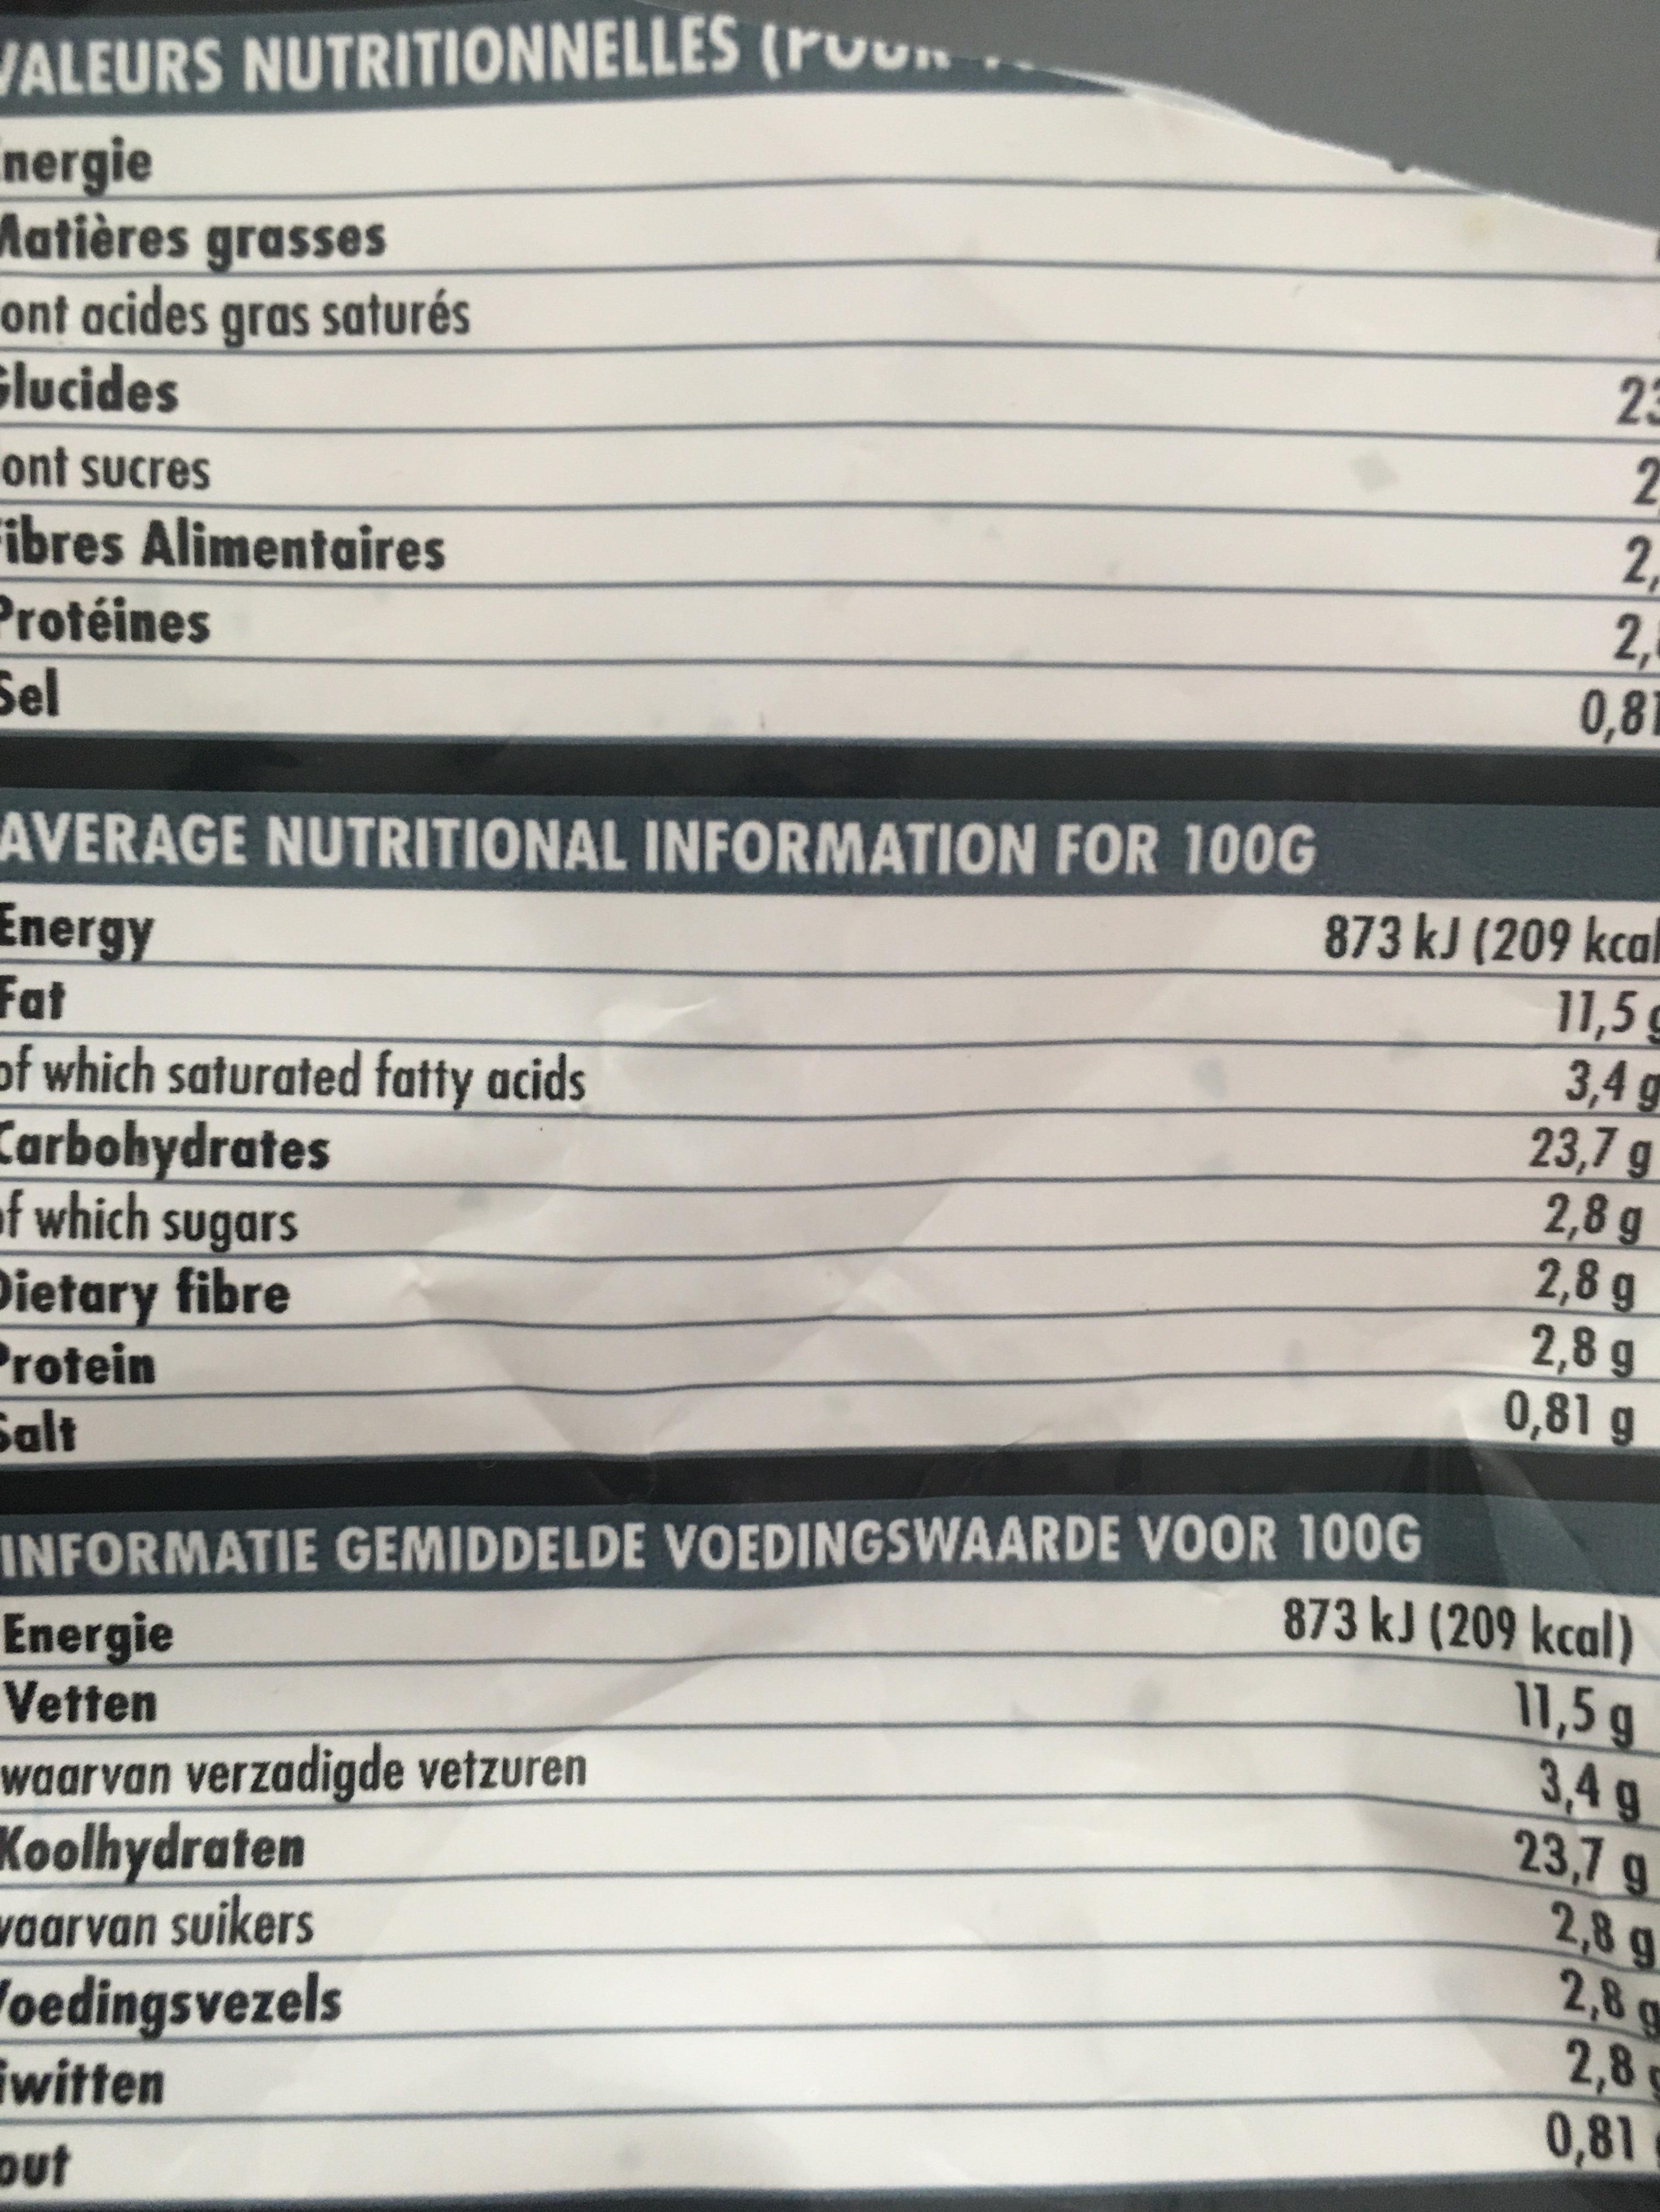
VALEURS NUTRITIONNELLES (ro
nergie
Matières grasses
ont acides gras saturés
Glucides
ont sucres
Fibres Alimentaires
Protéines
Sel
AVERAGE NUTRITIONAL INFORMATION FOR 100G
Energy
Fat
of which saturated fatty acids
Carbohydrates
of which sugars Dietary fibre
Protein
Salt
INFORMATIE GEMIDDELDE VOEDINGSWAARDE VOOR 100G
Energie
Vetten
waarvan verzadigde vetzuren
Koolhydraten
vaarvan suikers
Voedingsvezels
iwitten
out
23
2
2
2₁
0,81
873 kJ (209 kcal 11,5
3,4 g 23,7 g
2,8 g
2,8 g
2,8 g
0,81 g
873 kJ (209 kcal)
11,5 g
3,4 g
23,7 9
2,8 g
2,8 g
2,8
0,81